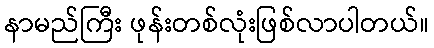
နာမည်ကြီး ဖုန်းတစ်လုံးဖြစ်လာပါတယ်။